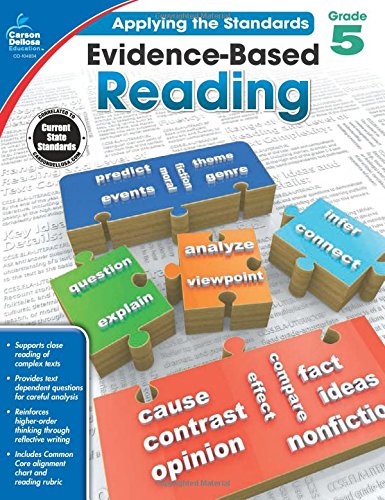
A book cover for Evidence-Based Reading, Grade 5 (Applying the Standards); Reference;